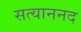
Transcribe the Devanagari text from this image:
सत्याननद